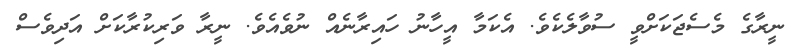
ނީރާގެ މެސެޖަކަށްވީ ސުވާލެކެވެ. އެކަމާ އީހާނު ހައިރާނެއް ނުވެއެވެ. ނީރާ ވަރިކުރާކަށް އަދިވެސް